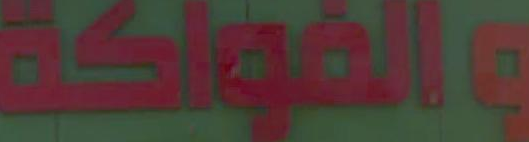
والفواكة